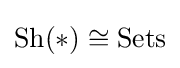
{\text{Sh}}(*)\cong {\text{Sets}}